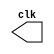

module clock ( clk );
 output clk;
 reg    clk;

 initial
  begin
   clk = 1'b0;
  end

 always
  begin
   # 1clk = ~clk;
  end
endmodule

module pulse ( signal, clock );
 input  clock;
 output signal;
 reg    signal;

 always @ ( clock )
  begin
       signal = 1'b0;
  #6   signal = 1'b1;
  #6   signal = 1'b0;
    
  
  end
endmodule 

module testpulse;

 wire  clock;
 clock clk ( clock );

 wire  p1;

 pulse   pulse1   ( p1, clock );

 initial begin
 
  $dumpfile ( "exercicio03.vcd" );
  $dumpvars (1, clock, p1);
   #480 $finish;

  end

endmodule